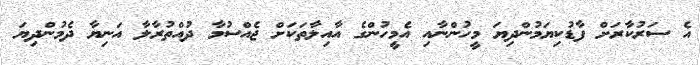
އެ ސަރުކާރަށް ފާޑުކިޔަމުންދިޔަ މީހުންނާއި އެމީހުންގެ އާއިލާތަކަށް ޖެއްސުމާ ދުއްތުރާލާ އަނިޔާ ދެމުންދިޔަ